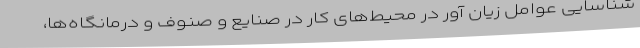
شناسایی عوامل زیان آور در محیط‌های کار در صنایع و صنوف و درمانگاه‌ها،